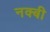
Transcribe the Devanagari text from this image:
नक्बी